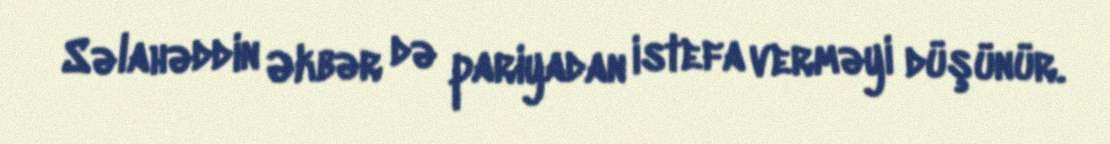
Səlahəddin Əkbər də pariyadan istefa verməyi düşünür.